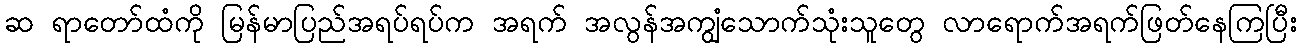
ဆ ရာတော်ထံကို မြန်မာပြည်အရပ်ရပ်က အရက် အလွန်အကျွံသောက်သုံးသူတွေ လာရောက်အရက်ဖြတ်နေကြပြီး